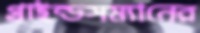
গ্রাইন্ডসম্যানের